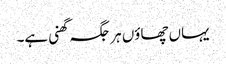
یہاں چھاوٴں ہر جگہ گھنی ہے۔